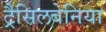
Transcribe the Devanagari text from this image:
ट्रैसिलबेनिया